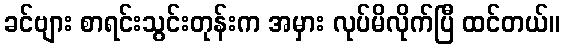
ခင်ဗျား စာရင်းသွင်းတုန်းက အမှား လုပ်မိလိုက်ပြီ ထင်တယ်။